Scottish Leaving Certificate Examination, 1960
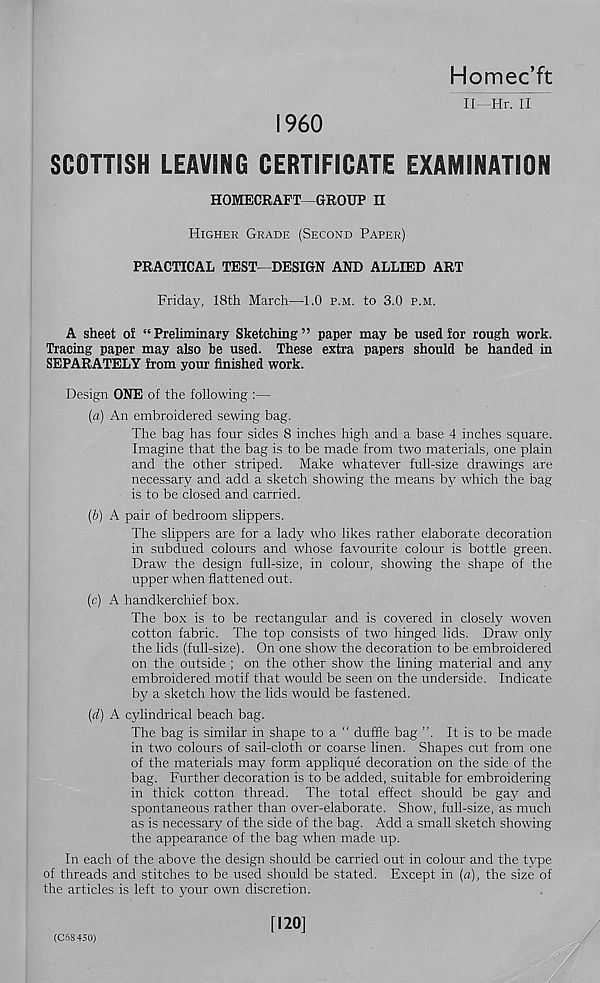
Homec’ft
II- Hr. II
I960
SCOTTISH LEAVING CERTIFICATE EXAMINATION
HOMECRAFT—GROUP II
Higher Grade (Second Paper)
PRACTICAL TEST—DESIGN AND ALLIED ART
Friday, 18th March—1.0 p.m. to 3.0 p.m.
A sheet of “ Preliminary Sketching ” paper may be used for rough work.
Tracing paper may also be used. These extra papers should be handed in
SEPARATELY from your finished work.
Design ONE of the following :—
(a) An embroidered sewing bag.
The bag has four sides 8 inches high and a base 4 inches square.
Imagine that the bag is to be made from two materials, one plain
and the other striped. Make whatever full-size drawings are
necessary and add a sketch showing the means by which the bag
is to be closed and carried.
(b) A pair of bedroom slippers.
The slippers are for a lady who likes rather elaborate decoration
in subdued colours and whose favourite colour is bottle green.
Draw the design full-size, in colour, showing the shape of the
upper when flattened out.
(c) A handkerchief box.
The box is to be rectangular and is covered in closely woven
cotton fabric. The top consists of two hinged lids. Draw only
the lids (full-size). On one show the decoration to be embroidered
on the outside ; on the other show the lining material and any
embroidered motif that would be seen on the underside. Indicate
by a sketch how the lids would be fastened.
(d) A cylindrical beach bag.
The bag is similar in shape to a “ duffle bag ”. It is to be made
in two colours of sail-cloth or coarse linen. Shapes cut from one
of the materials may form applique decoration on the side of the
bag. Further decoration is to be added, suitable for embroidering
in thick cotton thread. The total effect should be gay and
spontaneous rather than over-elaborate. Show, full-size, as much
as is necessary of the side of the bag. Add a small sketch showing
the appearance of the bag when made up.
In each of the above the design should be carried out in colour and the type
of threads and stitches to be used should be stated. Except in (a), the size of
the articles is left to your own discretion.
[120]
(C68450)